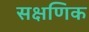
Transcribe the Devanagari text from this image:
सक्षणिक